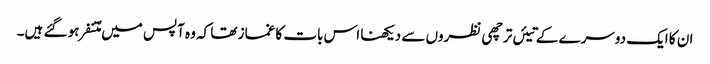
ان کا ایک دوسرے کے تیئں ترچھی نظروں سے دیکھنا اس بات کا غماز تھا کہ وہ آپس میں مُتنفر ہو گئے ہیں۔